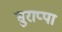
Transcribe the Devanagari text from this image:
सुराप्पा